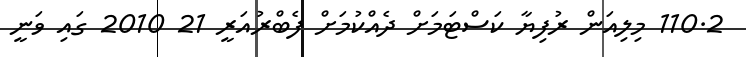
110.2 މިލިއަން ރުފިޔާ ކަސްޓަމަށް ދެއްކުމަށް ފެބްރުއަރީ 21 2010 ގައި ވަނީ